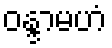
ဝန္ဒာမဟံ